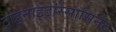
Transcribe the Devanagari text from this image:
ट्राइनाइट्रोरेसासिर्नेट